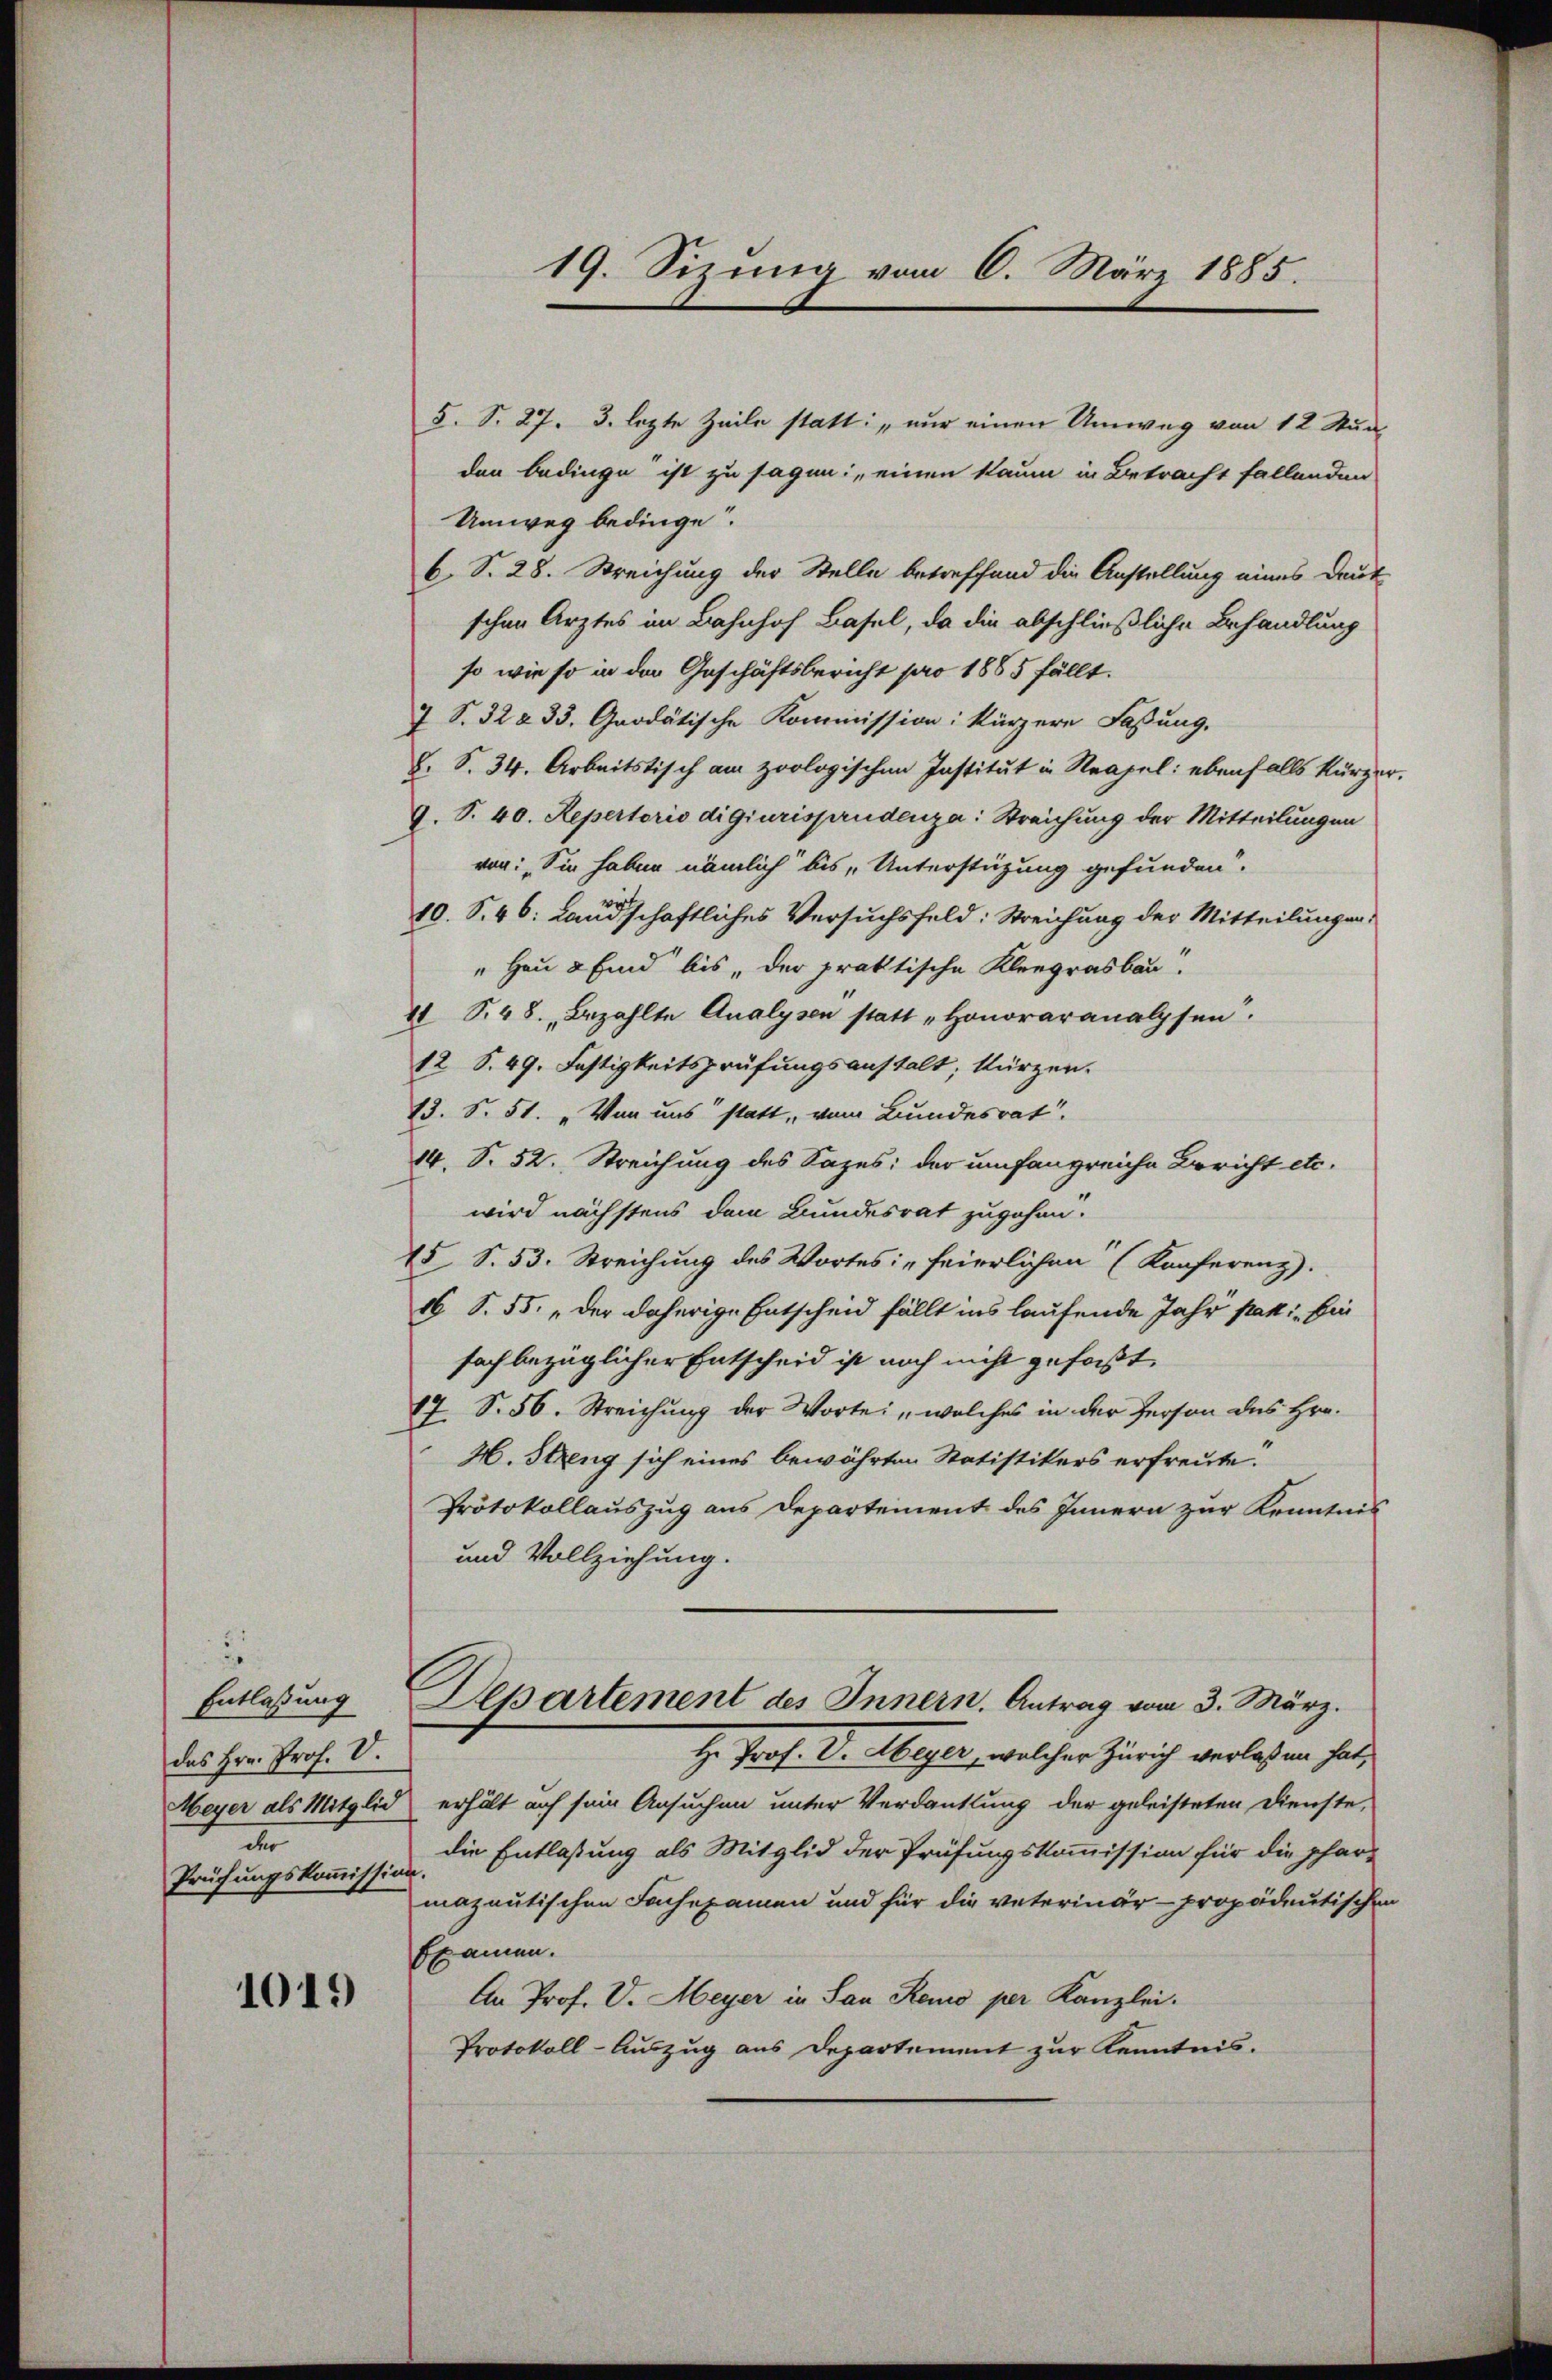
"
Entlassung
das Hrn. Prof. V.
Meyer als Mitglied
de
Prüfungskommission

1019

19. Sizung vom 6. März 1885.

S. S. 27. 3. lezte Zeile statt: „nur einen Umweg von 12 Stun
den bedinge ist zu sagen: „einen kaum in Betracht fallenden
Umweg bedinge.
b. S. 28. Streichung der Stelle betreffend die Anstellung eines Deut
schen Ärztes im Bahnhof Basel, da die abschließliche Behandlung
so wie so in der Geschäftsbericht pro 1865 fällt.
7 S. 32 § 33. Grodätische Kommission: kürzere Faßung.
S. S. 34. Arbeitstisch am zoologischen Institut in Strafel; ebenfalls kürzer
9. S. 40. Repertorio digiurisprudenza: Streichung der Mitteilungen
von: „Sie haben nämlich bis Unterstüzung gefunden.
10. S. 46. Landschaftliches Versuchsfeld: Streichung der Mitteilungen,
"Hau & Eind bis der praktische Kleegrasbau
11 S. 48. Bezahlte Analysen statt „Honoraranalpfen.
12 S. 49. Festigkeitsprüfungsanstalt; kürzen.
13. S. 51. „Von uns statt, vom Bundesrat
14. S. 52. Streichung des Sazes: der umfangreiche Bericht etc.
wird nächstens dem Bundesrat zugehen.
15 S. 53. Streichung des Wortes: „feierlichen (Konferenz).
16 S. 55. „der daherige Entscheid fällt ins laufende Jahr pati, bin
fach bezüglicher Entscheid ist noch nicht gefaßt,
17. S. 56. Streichung der Wortei welches in der Person des Hrn.
H. Streng sich eines bewährten Statistikers erfreute.
Protokollauszug aus Departement des Innern zur Kenntnis
und Vollziehung.
Departement des Innern. Antrag vom 3. März.
H. Prof. Dr. Meyer, welcher Zürich verlassen hat,
erhält auf sein Ansuchen unter Verdanklung der geleisteten Dienste,
die Entlaßung als Mitglid der Prüfungskommission für die phar-
.
mazautischen Fachexamen und für die veterinär- propädeutische
Examen.
An Prof. V. Meyer in San Reno per Kanzlei.
Protokoll-Auszug aus Departement zur Kenntnis.